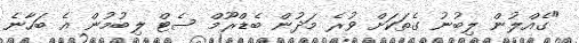
"ގެއްލުން ލިބުނު ގެތަކަށް ވުރެ މަދުން ބެޑްރޫމް ސެޓް ލިބުމުން އެ ބަހާނެ